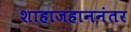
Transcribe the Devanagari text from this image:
शाहाजहाननंतर